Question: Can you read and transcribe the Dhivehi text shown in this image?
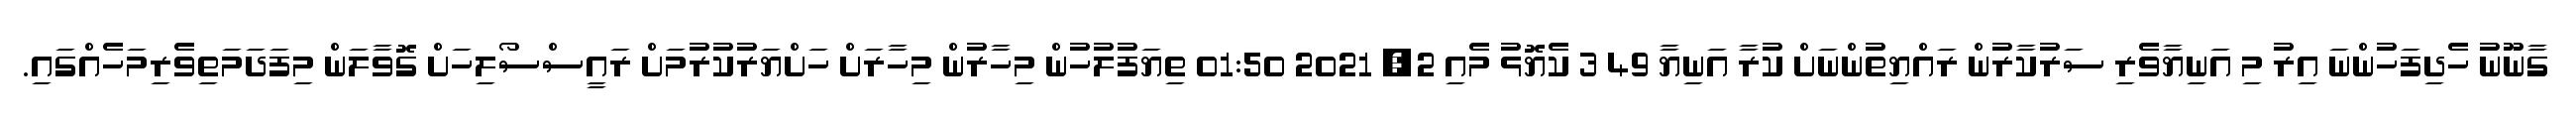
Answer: ގާނޫނު ހެދިފަހުންނަ އިރު މި އަނިޔާވެރި ސަރުކާރުން ރައްޔިތުންނަށް ކުރާ އަނިޔާ 49 3 ކެޔޮޅު މެއި 2, 2021 01:50 ތިޔަފުލުހުން މިހާރުން މިހާރަށް ހަށްޔަރުކުރުމަށް ރައީސްސޯލިހަށް ގޮވާލަން މިފަދަމަތިވެރިމަހެއްގައި.